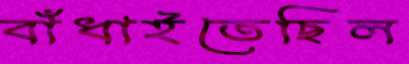
বাঁধাইতেছিল